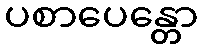
ပစာပေန္တော